画像に写った文字を読んでください
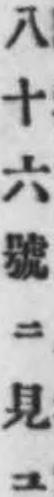
「八十六號ニ見ユ」と書いてあります